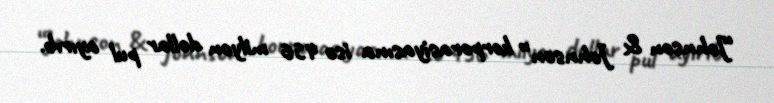
“Johnson & Johnson” korporasiyasına isə 456 milyon dollar pul ayırıb.